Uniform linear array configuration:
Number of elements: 8
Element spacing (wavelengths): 0.75
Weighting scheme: uniform
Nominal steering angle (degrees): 15
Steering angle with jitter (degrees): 13.002
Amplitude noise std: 0.05
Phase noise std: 0.05

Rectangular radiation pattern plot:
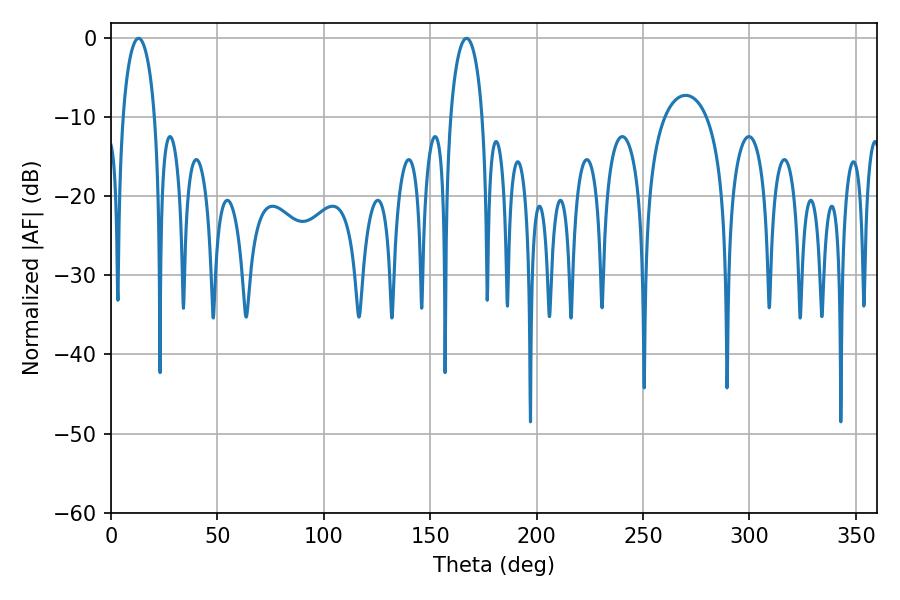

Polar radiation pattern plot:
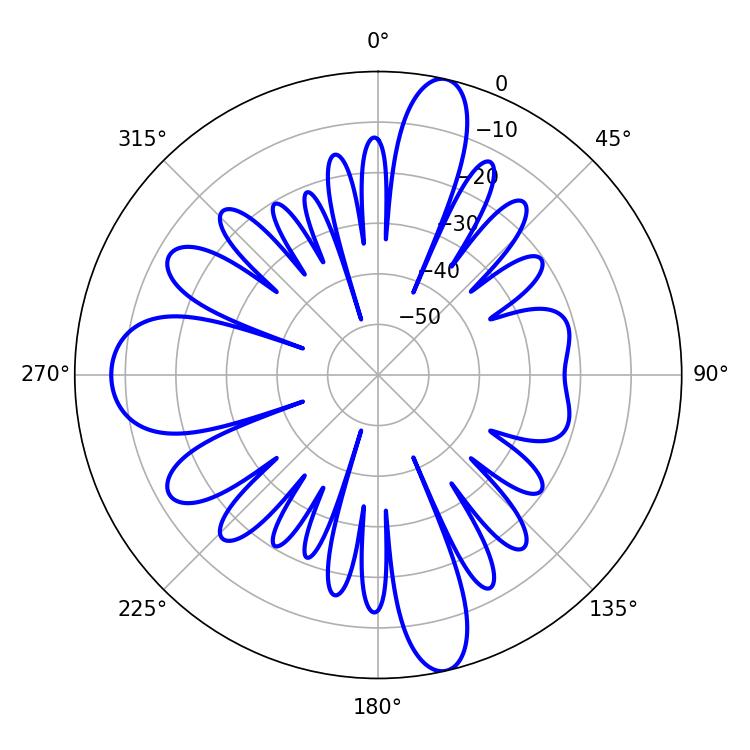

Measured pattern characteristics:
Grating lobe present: TRUE
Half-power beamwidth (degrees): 8.64
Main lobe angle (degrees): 12.96